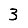
Digit: 3